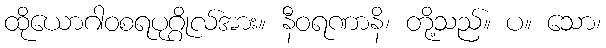
ထိုယောဂါဝစရပုဂ္ဂိုလ်အား။ နီဝရဏာနိ၊ တို့သည်။ ပ။ သော၊